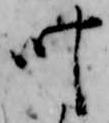
叶